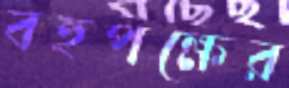
বহুপক্ষের